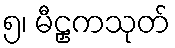
၅၊ မီဠှကသုတ်